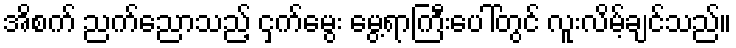
အိစက် ညက်ညောသည့် ငှက်မွေး မွေ့ရာကြီးပေါ်တွင် လူးလိမ့်ချင်သည်။